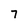
Character: 7